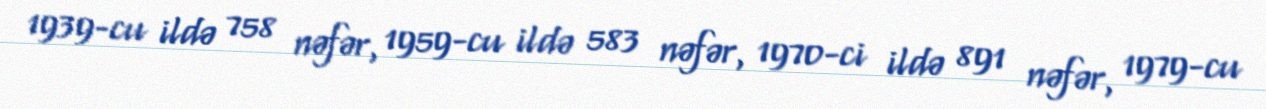
1939-cu ildə 758 nəfər, 1959-cu ildə 583 nəfər, 1970-ci ildə 891 nəfər, 1979-cu